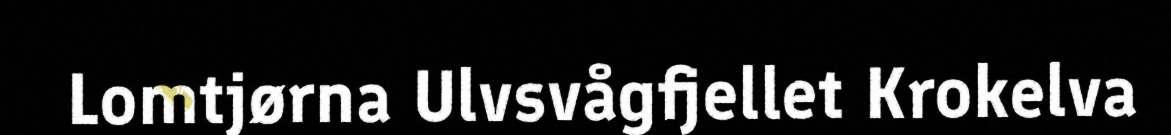
Lomtjørna Ulvsvågfjellet Krokelva